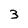
Character: 3